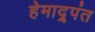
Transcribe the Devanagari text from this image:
हेमाद्र्पंत